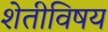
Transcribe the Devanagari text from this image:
शेतीविषय